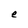
Character: e